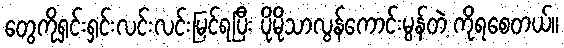
တွေကိုရှင်းရှင်းလင်းလင်းမြင်ရပြီး ပိုမိုသာလွန်ကောင်းမွန်တဲ့ ကိုရစေတယ်။